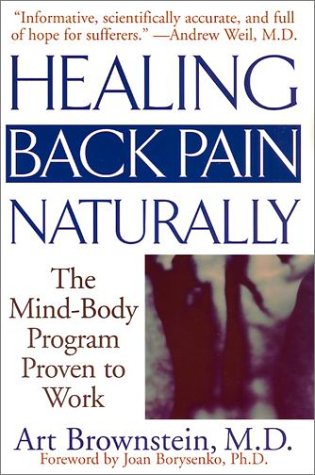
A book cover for Healing Back Pain Naturally: The Mind-Body Program Proven to Work; Art Brownstein; Health, Fitness & Dieting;